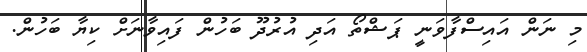
މި ނަން އައިސްފާވަނީ ޕަޝްތޯ އަދި އުރުދޫ ބަހުން ފައިވާނަށް ކިޔާ ބަހުން.